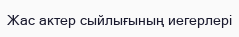
Жас актер сыйлығының иегерлері